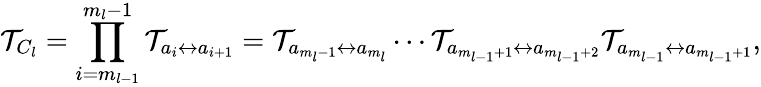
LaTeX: \mathcal{T}_{C_{l}}=\prod_{i=m_{l-1}}^{m_{l}-1}\mathcal{T}_{a_{i}\leftrightarrow a_{i+1}}=\mathcal{T}_{a_{m_{l}-1}\leftrightarrow a_{m_{l}}}\cdots\mathcal{T}_{a_{m_{l-1}+1}\leftrightarrow a_{m_{l-1}+2}}\mathcal{T}_{a_{m_{l-1}}\leftrightarrow a_{m_{l-1}+1}},